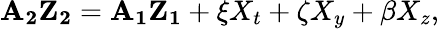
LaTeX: \mathbf{A_{2}Z_{2}}=\mathbf{A_{1}Z_{1}}+\mathbf{\xi}X_{t}+\mathbf{\zeta}X_{y}+\mathbf{\beta}X_{z},